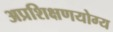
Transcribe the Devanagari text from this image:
अप्रशिक्षणयोग्य